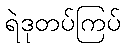
ရဲဒုတပ်ကြပ်